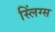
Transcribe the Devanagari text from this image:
स्लिंग्स